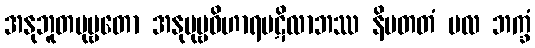
အနုဘူတပုဗ္ဗတော အနုပုဗ္ဗဝိဟာရပဋိလာဘဿ နိပတတံ မလ ဘက္ခံ